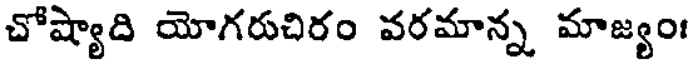
చోష్యాది యోగరుచిరం వరమాన్న మాజ్యం